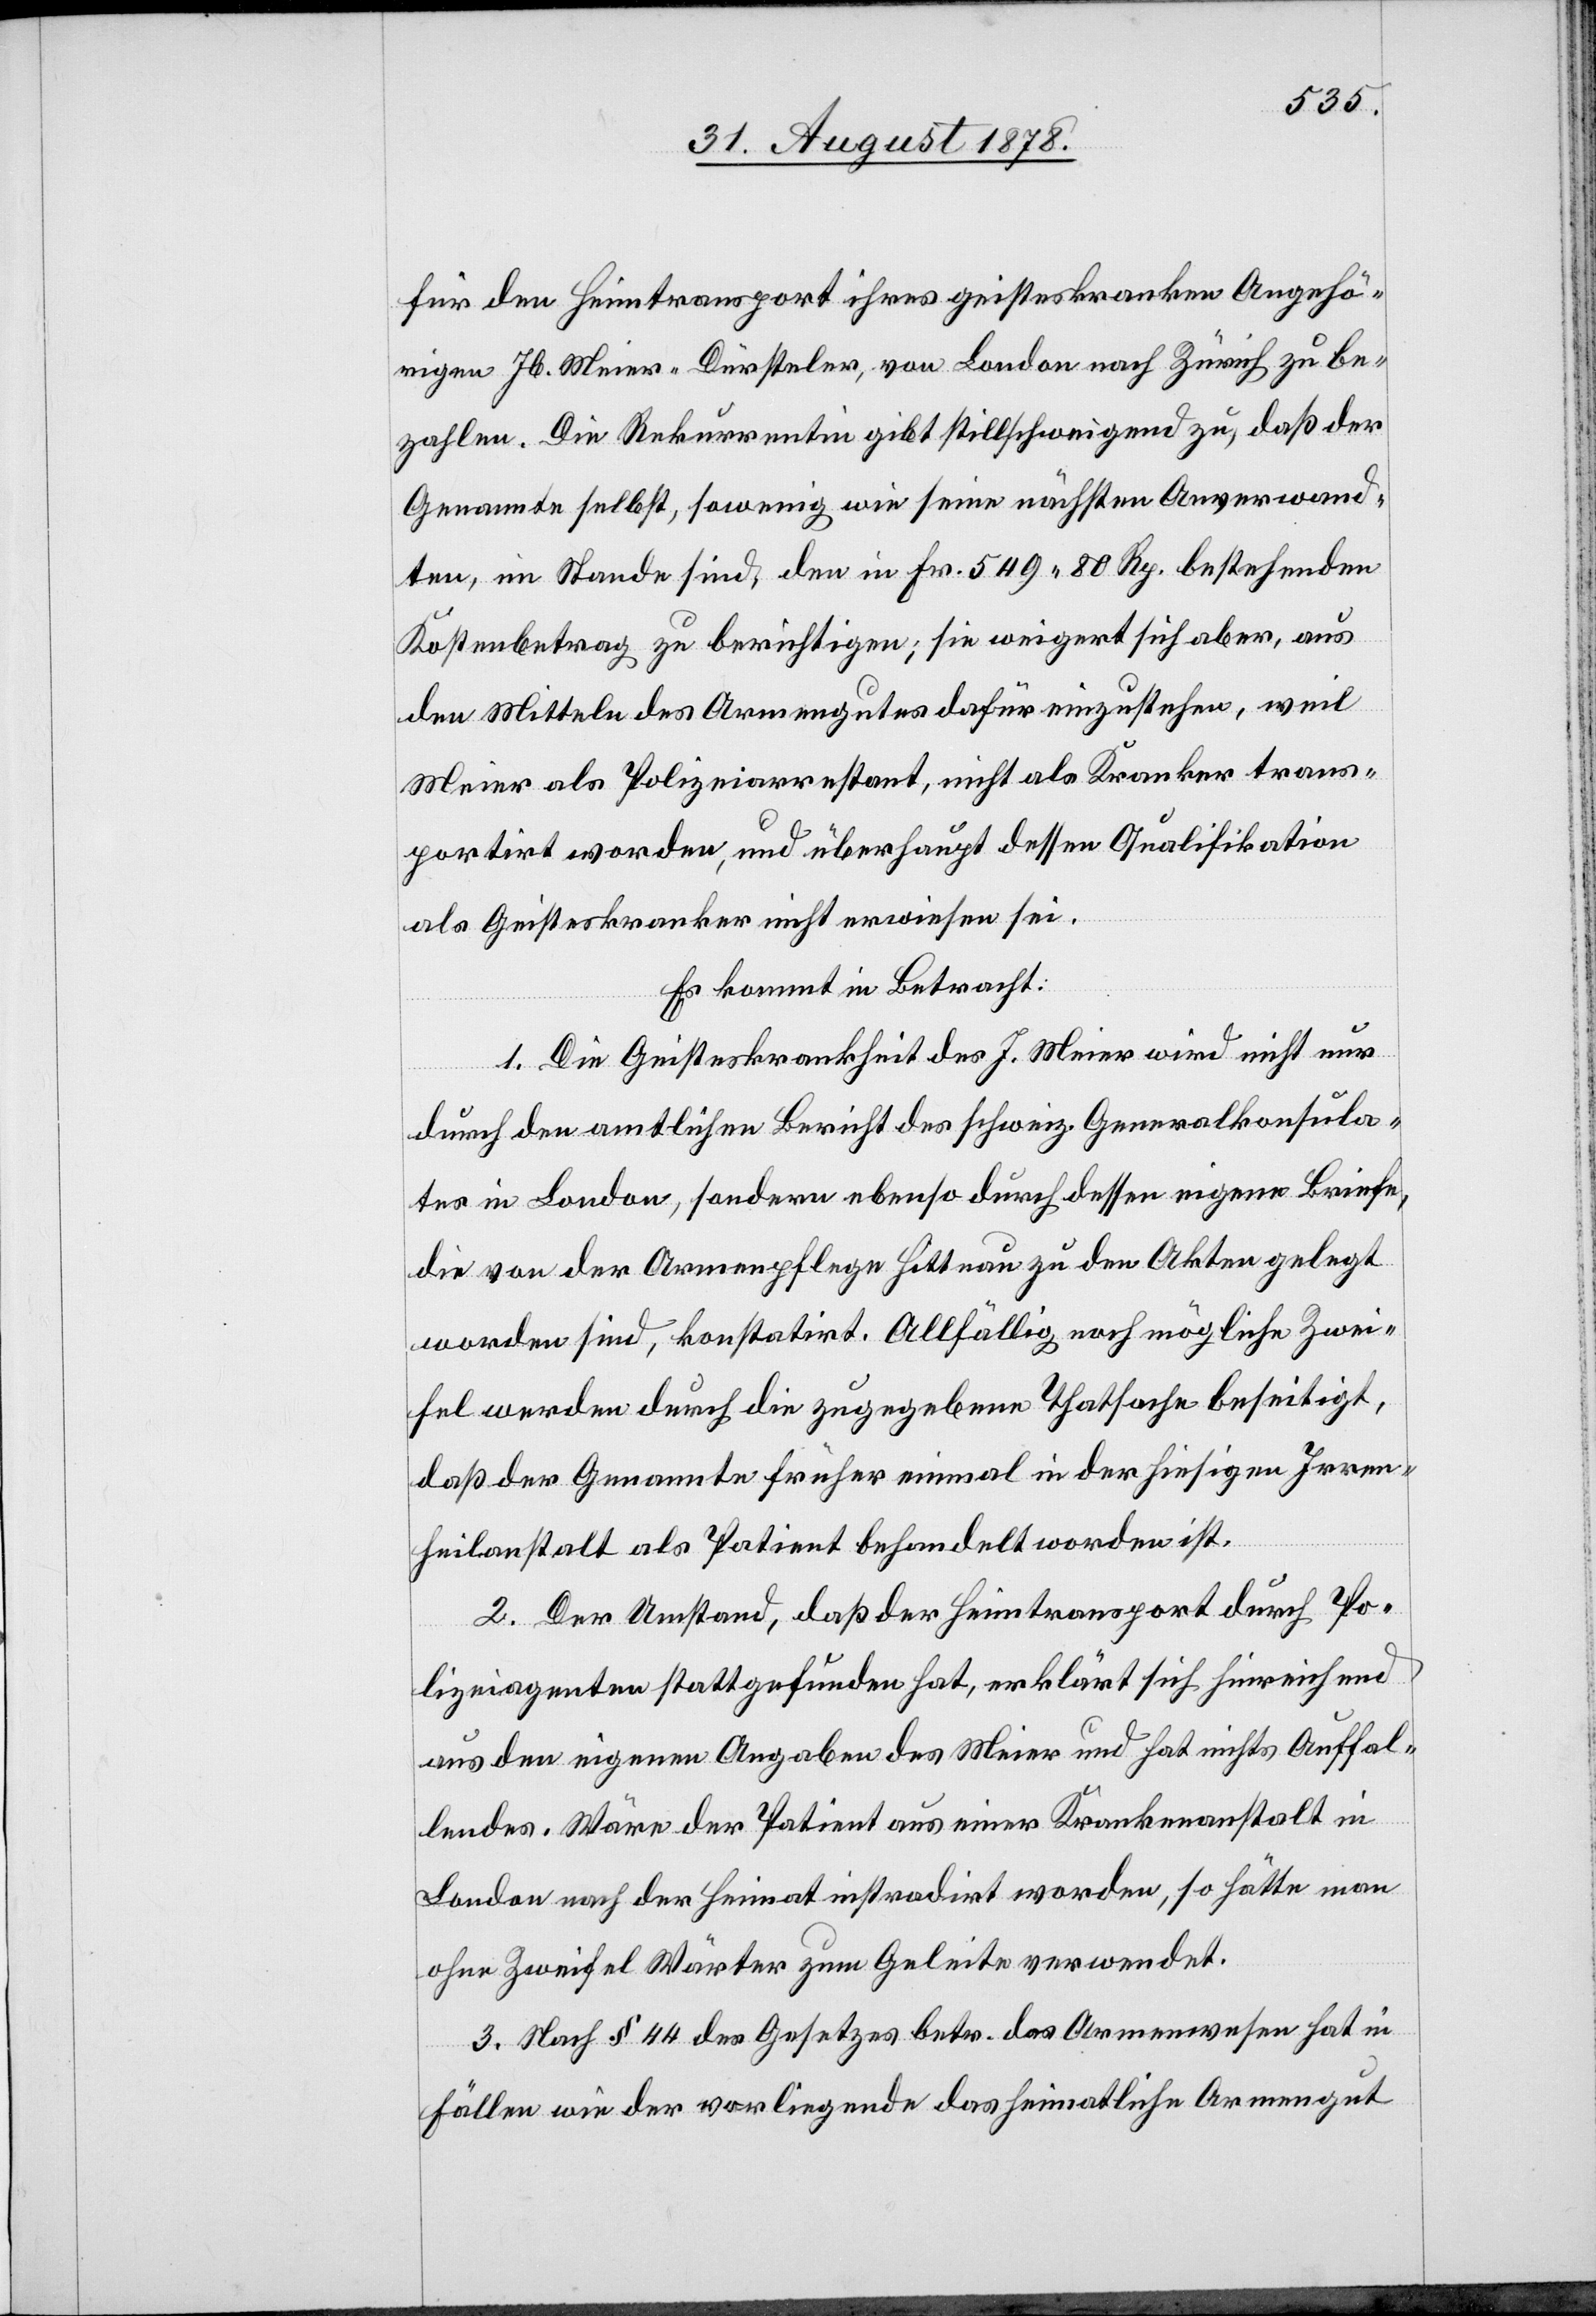
für den Heimtransport ihres geisteskranken Angehö¬
rigen Jb. Meier-Dürsteler, von London nach Zürich zu be¬
zahlen. Die Rekurrentin gibt stillschweigend zu, daß der
Genannte daselbst, sowenig wie seine nächsten Anverwand¬
ten, im Stande sind, den in Fr. 549 80 Rp. bestehenden
Kostenbetrag zu berichtigen; sie weigert sich aber, aus
den Mitteln des Armengutes dafür einzustehen, weil
Meier als Polizeiarrestant, nicht als Kranker trans¬
portirt worden, und überhaupt dessen Qualifikation
als Geisteskranker nicht erwiesen sei.
Es kommt in Betracht:
1. Die Geisteskrankheit des J. Meier wird nicht nur
durch den amtlichen Bericht des schweiz. Generalkonsula¬
tes in London, sondern ebenso durch dessen eigene Briefe,
die von der Armenpflege Hittnau zu den Akten gelegt
worden sind, konstatirt. Allfällig noch mögliche Zwei¬
fel werden durch die zugegebenen Thatsachen beseitigt,
daß der Genannte früher einmal in der hiesigen Irren¬
heilanstalt als Patient behandelt worden ist.
2. Der Umstand, daß der Heimtransport durch Po¬
lizeiagenten stattgefunden hat, erklärt sich hinreichend
aus den eigenen Angaben des Meier und hat nichts Auffal¬
lendes. Wäre der Patient aus einer Krankenanstalt in
London nach der Heimat instradirt worden, so hätte man
ohne Zweifel Wärter zum Geleite verwendet.
3. Nach § 44 des Gesetzes betr. das Armenwesen hat in
Fällen wie der vorliegende das heimatliche Armengut